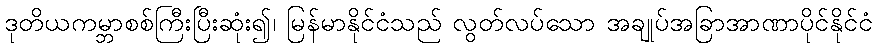
ဒုတိယကမ္ဘာစစ်ကြီးပြီးဆုံး၍၊ မြန်မာနိုင်ငံသည် လွတ်လပ်သော အချုပ်အခြာအာဏာပိုင်နိုင်ငံ